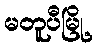
မတူပီမြို့